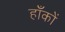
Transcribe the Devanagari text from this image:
हाँकों